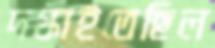
দগ্ধাইতেছিল